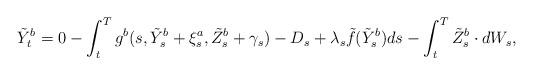
LaTeX: \begin{align*} \tilde{Y}^b_t=0-\int_t^Tg^b(s,\tilde Y^b_s + \xi_s^a, \tilde Z^b_s+\gamma_s)-D_s+\lambda_s \tilde f(\tilde{Y}^b_s) ds -\int_t^T \tilde{Z}^b_s \cdot dW_s,\end{align*}